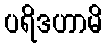
ပရိဒဟာမိ